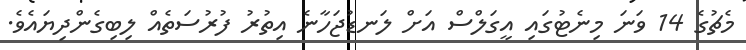
މެޗުގެ 14 ވަނަ މިނެޓުގައި އީގަލްސް އަށް ލަނޑުޖަހާނެ އިތުރު ފުރުސަތެއް ލިބިގެންދިޔައެވެ.